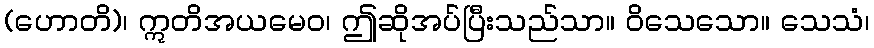
(ဟောတိ)၊ ဣတိအယမေဝ၊ ဤဆိုအပ်ပြီးသည်သာ။ ဝိသေသော။ သေသံ၊